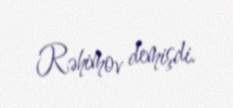
Rəhimov demişdi.